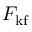
F _ { \mathrm { k f } }